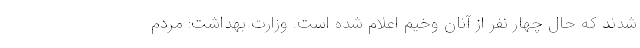
شدند که حال چهار نفر از آنان وخیم اعلام شده است. وزارت بهداشت: مردم